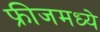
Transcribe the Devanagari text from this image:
फ्रीजमध्ये